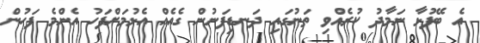
އެ ބޭފުޅާ ނަމާދު ކުރެއްވި ތަނުގައި ދަނޑިފަނުން ގެއެއް އެޅުމަށްފަހު އެންމެ ފަހުން